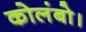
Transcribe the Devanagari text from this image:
कोलंबो।